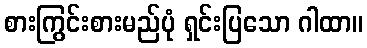
စားကြွင်းစားမည်ပုံ ရှင်းပြသော ဂါထာ။